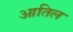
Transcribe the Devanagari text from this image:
आतिल